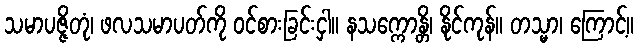
သမာပဇ္ဇိတုံ၊ ဖလသမာပတ်ကို ဝင်စားခြင်းငှါ။ နသက္ကောန္တိ၊ နိုင်ကုန်။ တသ္မာ၊ ကြောင့်။